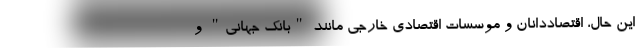
این حال، اقتصاددانان و موسسات اقتصادی خارجی مانند "بانک جهانی" و